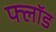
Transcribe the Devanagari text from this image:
फ्लॉड